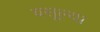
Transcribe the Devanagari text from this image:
वसूल्या